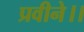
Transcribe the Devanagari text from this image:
प्रवीने।।